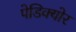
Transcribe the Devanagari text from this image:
पेडिक्‍योर